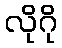
လိုဂို